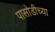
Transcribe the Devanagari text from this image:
पासोडीच्या